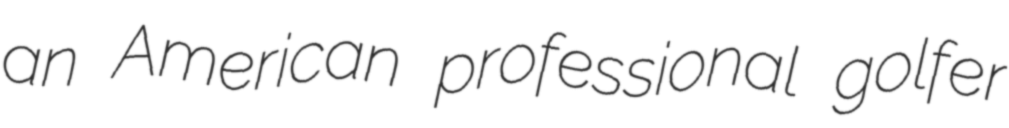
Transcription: an American professional golfer